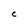
Character: C